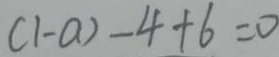
( 1 - a ) - 4 + 6 = 0